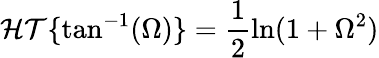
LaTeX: \mathcal{HT}\{ \tan^{-1}(\Omega)\} =\frac{1}{2}\ln(1+\Omega^{2})